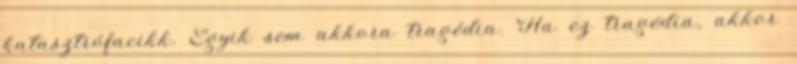
katasztrófacikk. Egyik sem akkora tragédia. Ha ez tragédia, akkor